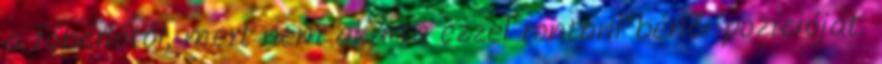
a főbérlőtől, mert nem akarta ezzel rontani bérlői pozícióját.